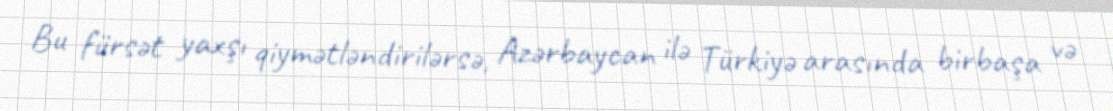
Bu fürsət yaxşı qiymətləndirilərsə, Azərbaycan ilə Türkiyə arasında birbaşa və